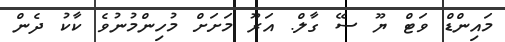
މައިންޑް ވަޓް ޔޫ ސޭ ގާލް. އަރޫ މަށަށް މުހިންމުނުވެ ކާކު ދެން